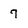
Character: 7